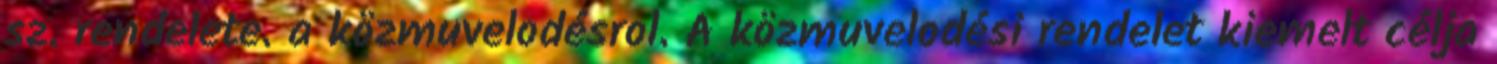
sz. rendelete. a közmuvelodésrol. A közmuvelodési rendelet kiemelt célja